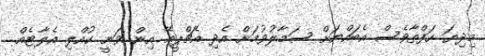
މިދިޔަ ހަފްތާވެސް އެބައްޔަށް ސަމާލުވުމަށް އެދި އެޗްޕީއޭ އިން ވަނީ ކުއްލި އެލާޓެއް